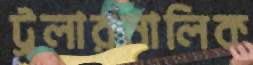
ট্রলারমালিক